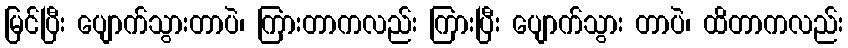
မြင်ပြီး ပျောက်သွားတာပဲ၊ ကြားတာကလည်း ကြားပြီး ပျောက်သွား တာပဲ၊ ထိတာကလည်း